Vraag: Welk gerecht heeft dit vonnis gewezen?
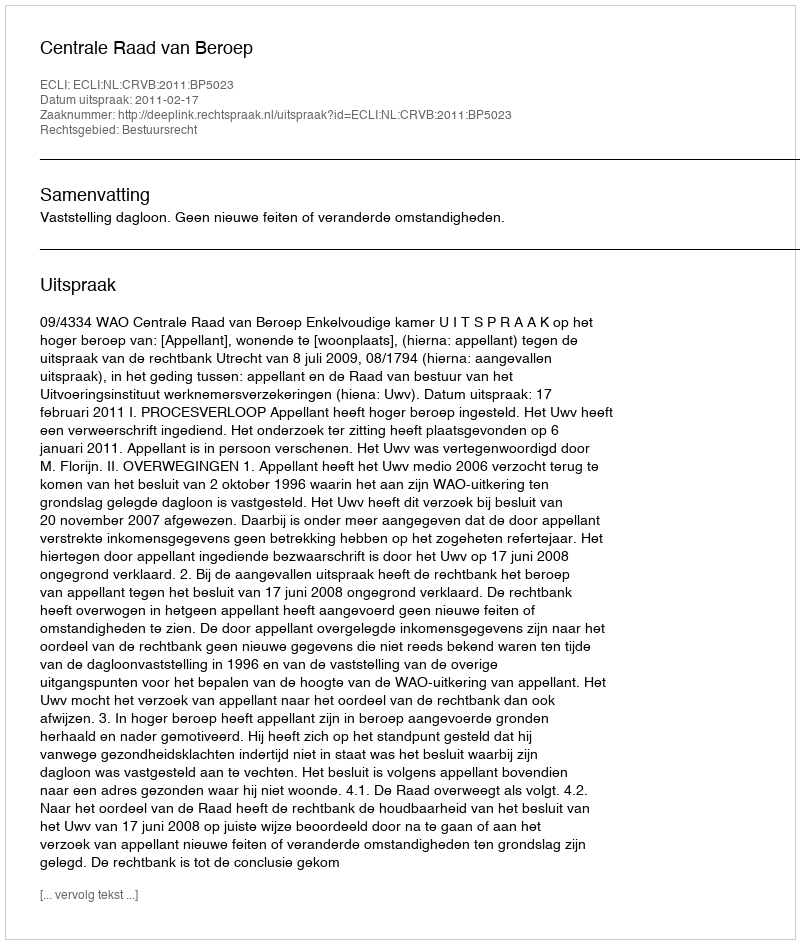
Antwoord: Centrale Raad van Beroep